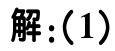
解：(1)